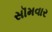
સૉમવાર